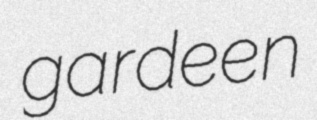
gardeen